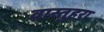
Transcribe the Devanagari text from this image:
वास्तुहरा